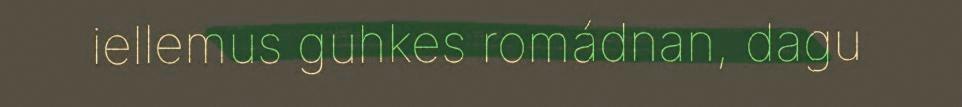
iellemus guhkes romádnan, dagu